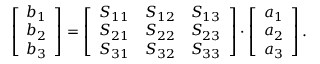
\left[ \begin{array} { l } { b _ { 1 } } \\ { b _ { 2 } } \\ { b _ { 3 } } \end{array} \right] = \left[ \begin{array} { l l l } { S _ { 1 1 } } & { S _ { 1 2 } } & { S _ { 1 3 } } \\ { S _ { 2 1 } } & { S _ { 2 2 } } & { S _ { 2 3 } } \\ { S _ { 3 1 } } & { S _ { 3 2 } } & { S _ { 3 3 } } \end{array} \right] \cdot \left[ \begin{array} { l } { a _ { 1 } } \\ { a _ { 2 } } \\ { a _ { 3 } } \end{array} \right] .